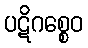
ပဋိဂစ္စေဝ